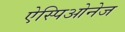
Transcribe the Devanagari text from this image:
ऐस्पिओनेज